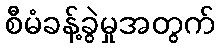
စီမံခန့်ခွဲမှုအတွက်